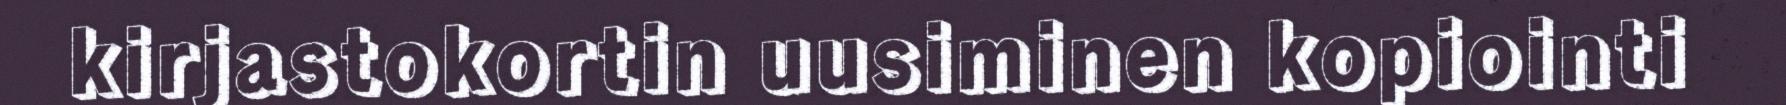
kirjastokortin uusiminen kopiointi